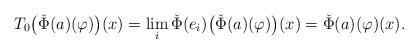
LaTeX: \begin{align*}T_0\big(\check \Phi(a)(\varphi)\big)(x) = \lim_i \check \Phi(e_i)\big(\check \Phi(a)(\varphi)\big)(x) = \check \Phi(a)(\varphi)(x).\end{align*}